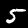
Digit: 5